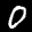
Label: 0